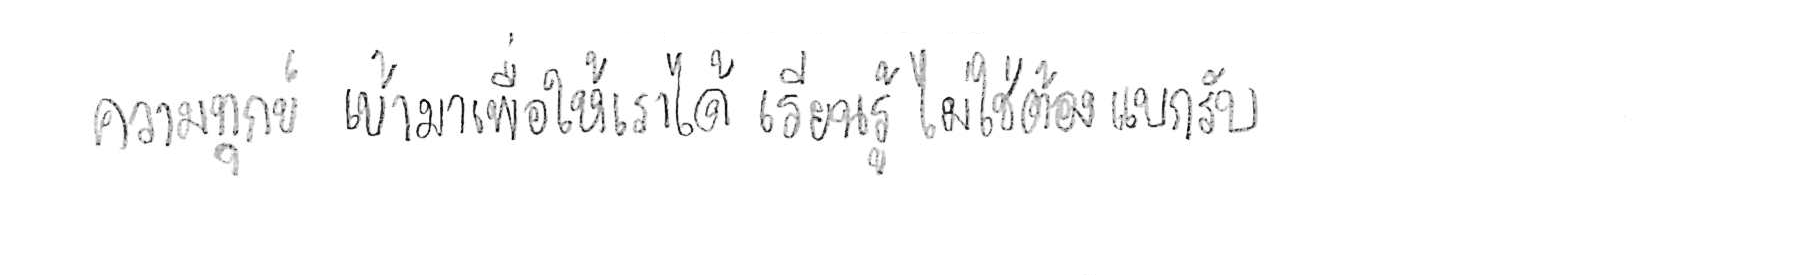
ความทุกข์ เข้ามาเพื่อให้เราได้ เรียนรู้ ไม่ใช่ต้อง แบกรับ